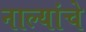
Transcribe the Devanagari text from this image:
नाल्यांचे